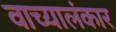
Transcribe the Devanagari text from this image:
वाच्यालंकार